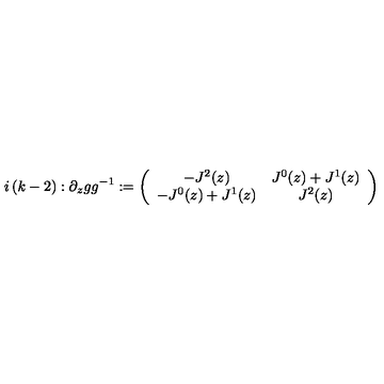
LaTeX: i \left( k - 2 \right) : \partial _ { z } g g ^ { - 1 } : = \left( \begin{array} { c c } { - J ^ { 2 } ( z ) } & { J ^ { 0 } ( z ) + J ^ { 1 } ( z ) } \\ { - J ^ { 0 } ( z ) + J ^ { 1 } ( z ) } & { J ^ { 2 } ( z ) } \\ \end{array} \right)